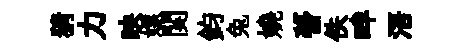
猜力映嫖関鈞兔嬈瞢佚畔浯